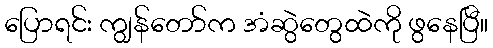
ပြောရင်း ကျွန်တော်က အံဆွဲတွေထဲကို ဖွနေပြီ။